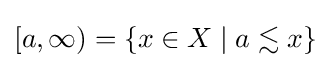
[a,\infty )=\{x\in X\mid a\lesssim x\}